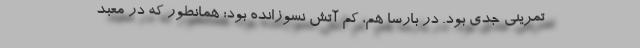
تمرینی جدی بود. در بارسا هم، کم آتش نسوزانده بود؛ همانطور که در معبد